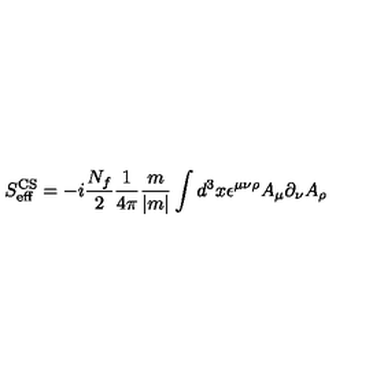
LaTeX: S _ { \mathrm { e f f } } ^ { \mathrm { C S } } = - i \frac { N _ { f } } { 2 } \frac { 1 } { 4 \pi } \frac { m } { | m | } \int d ^ { 3 } x \epsilon ^ { \mu \nu \rho } A _ { \mu } \partial _ { \nu } A _ { \rho }